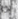
إذا